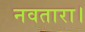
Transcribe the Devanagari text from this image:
नवतारा।